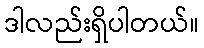
ဒါလည်းရှိပါတယ်။